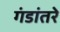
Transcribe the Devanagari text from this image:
गंडांतरे